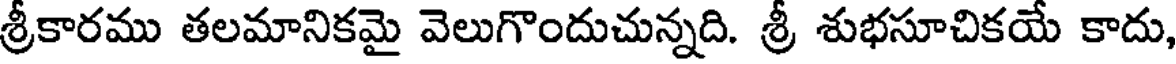
శ్రీకారము తలమానికమై వెలుగొందుచున్నది. శ్రీ శుభసూచికయే కాదు,